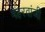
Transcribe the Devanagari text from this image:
मेहरवांजी